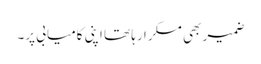
ضمیر بھی مسکرا رہا تھا اپنی کامیابی پر۔